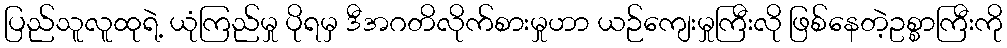
ပြည်သူလူထုရဲ့ ယုံကြည်မှု ပိုရမှ ဒီအဂတိလိုက်စားမှုဟာ ယဉ်ကျေးမှုကြီးလို ဖြစ်နေတဲ့ဥစ္စာကြီးကို